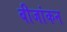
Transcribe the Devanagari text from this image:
बीजांकन